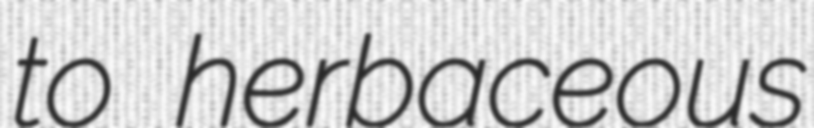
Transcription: to herbaceous